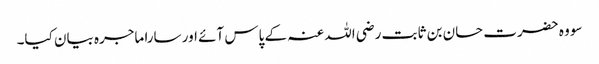
سو وہ حضرت حسان بن ثابت رضی اللہ عنہ کے پاس آئے اور سارا ماجرہ بیان کیا۔